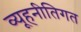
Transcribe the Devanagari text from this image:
व्यूहनीतिगत